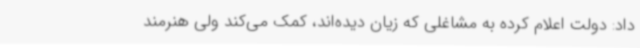
داد: دولت اعلام کرده به مشاغلی که زیان دیده‌اند، کمک می‌کند ولی هنرمند